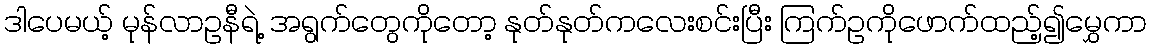
ဒါပေမယ့် မုန်လာဥနီရဲ့ အရွက်တွေကိုတော့ နုတ်နုတ်ကလေးစင်းပြီး ကြက်ဥကိုဖောက်ထည့်၍မွှေကာ